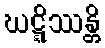
ဃဋ္ဋိဿန္တိ